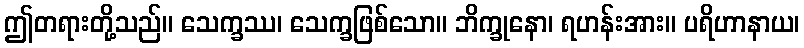
ဤတရားတို့သည်။ သေက္ခဿ၊ သေက္ခဖြစ်သော။ ဘိက္ခုနော၊ ရဟန်းအား။ ပရိဟာနာယ၊